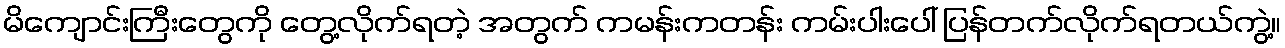
မိကျောင်းကြီးတွေကို တွေ့လိုက်ရတဲ့ အတွက် ကမန်းကတန်း ကမ်းပါးပေါ် ပြန်တက်လိုက်ရတယ်ကွဲ့။